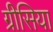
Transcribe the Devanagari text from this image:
ग्रीसिया